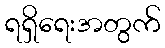
ရရှိရေးအတွက်